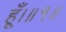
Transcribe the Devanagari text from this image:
हूँ।॥१॥